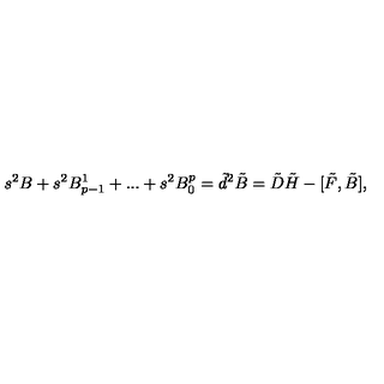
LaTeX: s ^ { 2 } B + s ^ { 2 } B _ { p - 1 } ^ { 1 } + . . . + s ^ { 2 } B _ { 0 } ^ { p } = \tilde { d } ^ { 2 } \tilde { B } = \tilde { D } \tilde { H } - [ \tilde { F } , \tilde { B } ] ,